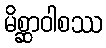
မိစ္ဆာဝါစဿ